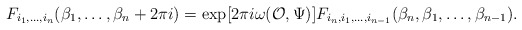
\begin{align*}F_{i_1,\dots ,i_n}(\beta_1,\dots ,\beta_n+2\pi i)=\exp [2\pi i\omega ({\cal O},\Psi )]F_{i_n,i_1,\dots ,i_{n-1}}(\beta_n,\beta_1,\dots ,\beta_{n-1}).\end{align*}